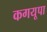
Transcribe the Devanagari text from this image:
कगयूपा